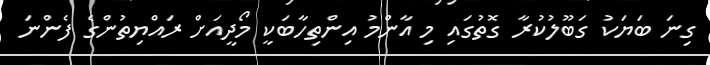
ގިނަ ބަޔަކު ގަބޫލުކުރާ ގޮތުގައި މި އާންމު އިންތިހާބަކީ މޯދީއަށް ރައްޔިތުންގެ ފެންނަ